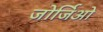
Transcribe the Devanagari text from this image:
जोर्जिओ